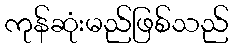
ကုန်ဆုံးမည်ဖြစ်သည်